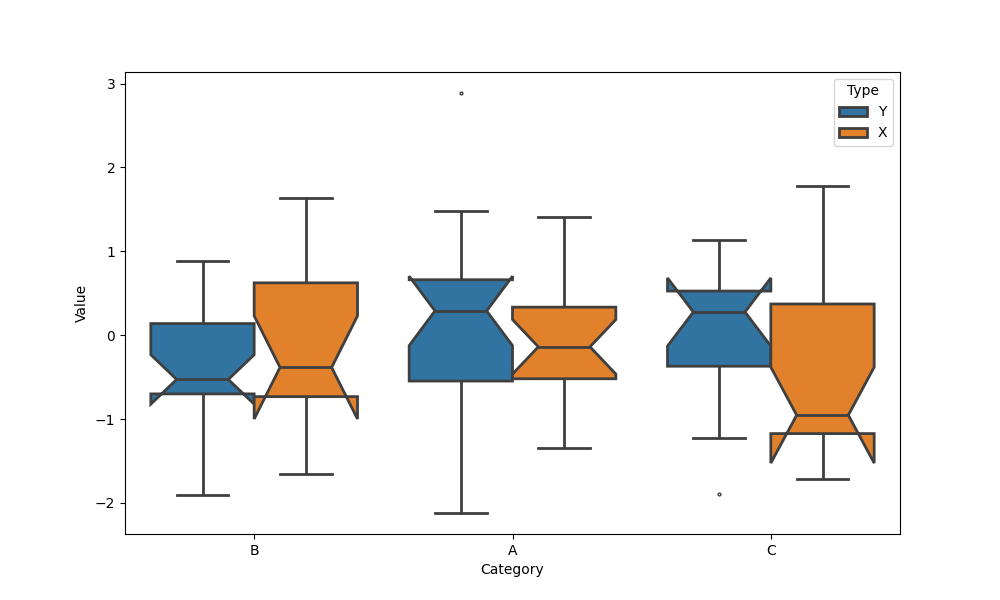
python, seaborn, boxplot, width=0.8, linewidth=2, fliersize=2, notch=True